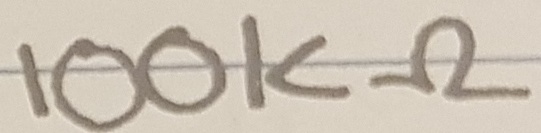
Text: 100KΩ